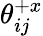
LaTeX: \mathcal{\theta}_{ij}^{+x}